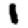
Digit: 1